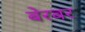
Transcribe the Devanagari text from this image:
बेरबर